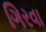
ગિરવા